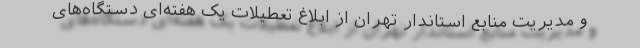
و مدیریت منابع استاندار تهران از ابلاغ تعطیلات یک هفته‌ای دستگاه‌های